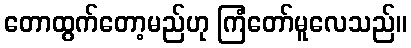
တောထွက်တော့မည်ဟု ကြံတော်မူလေသည်။